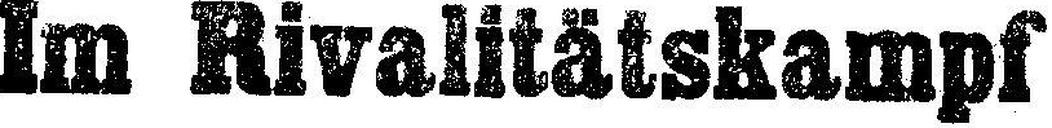
Im Rivalitätskampf